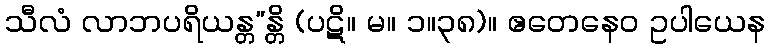
သီလံ လာဘပရိယန္တ”န္တိ (ပဋိ။ မ။ ၁။၃၈)။ ဧတေနေဝ ဥပါယေန